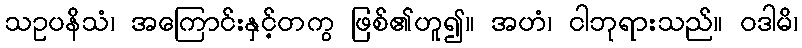
သဥပနိသံ၊ အကြောင်းနှင့်တကွ ဖြစ်၏ဟူ၍။ အဟံ၊ ငါဘုရားသည်။ ဝဒါမိ၊